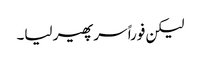
لیکن فوراً سر پھیر لیا۔